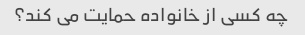
چه کسی از خانواده حمایت می کند؟